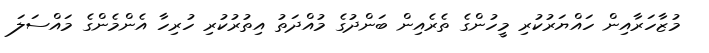
މުޒާހަރާއިން ހައްޔަރުކުރި މީހުންގެ ތެރެއިން ބަންދުގެ މުއްދަތު އިތުރުކުރި ހުރިހާ އެންމެންގެ މައްސަލަ